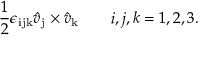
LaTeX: { \frac { 1 } { 2 } } \epsilon _ { \mathrm { i j k } } \hat { v } _ { \mathrm { j } } \times \hat { v } _ { \mathrm { k } } \qquad i , j , k = 1 , 2 , 3 .